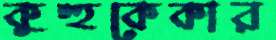
কুহুকেকার